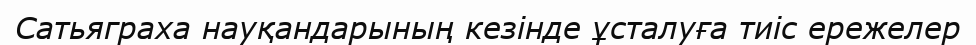
Сатьяграха науқандарының кезінде ұсталуға тиіс ережелер